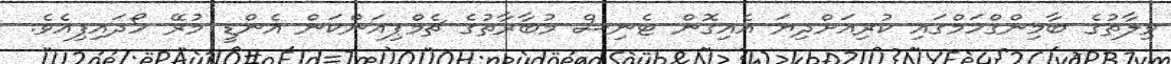
ވިލާތުގެ ބާމިންގްހަމްގައި ކުރިއަށްދިޔަ އެއިގޮން ޓެނިސް މުބާރާތުގެ ޗެމްޕިއަންކަން އެންޑީ މުރޭ ހޯދައިފިއެވެ.